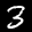
Label: 3